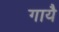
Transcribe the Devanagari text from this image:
गायै